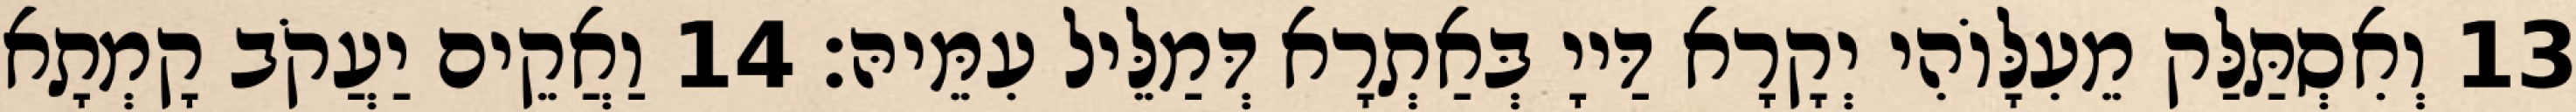
13 וְאִסְתַּלַּק מֵעִלָּוֹהִי יְקָרָא דַּייָ בְּאַתְרָא דְּמַלֵּיל עִמֵּיהּ׃ 14 וַאֲקֵים יַעֲקֹב קָמְתָא